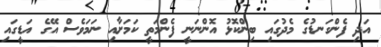
އަދި ފެންގަނޑުގެ މެދުގައި ބިންކޮޅު އޮންނަނީ ފެންމަތީ ކަމަށާއި ނަމަވެސް އޭގެ އަޑީގައި